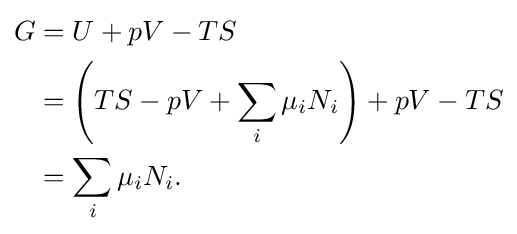
{\begin{aligned}G&=U+pV-TS\\&=\left(TS-pV+\sum _{i}\mu _{i}N_{i}\right)+pV-TS\\&=\sum _{i}\mu _{i}N_{i}.\end{aligned}}